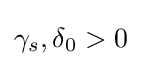
\gamma _{s},\delta _{0}>0